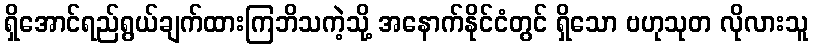
ရှိအောင်ရည်ရွယ်ချက်ထားကြဘိသကဲ့သို့ အနောက်နိုင်ငံတွင် ရှိသော ဗဟုသုတ လိုလားသူ